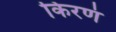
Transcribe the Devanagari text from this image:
किरणं